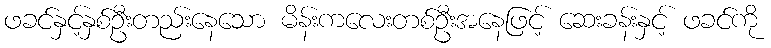
ဖခင်နှင့်နှစ်ဦးတည်းနေသော မိန်းကလေးတစ်ဦးအနေဖြင့် ဆေးခန်းနှင့် ဖခင်ကို